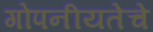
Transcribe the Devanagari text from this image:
गोपनीयतेचे